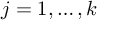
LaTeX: j = 1 , \dots , k